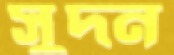
সুদন